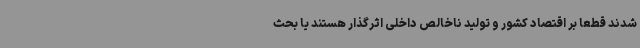
شدند قطعاً بر اقتصاد کشور و تولید ناخالص داخلی اثرگذار هستند یا بحث